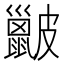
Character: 𥀰